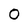
Character: O